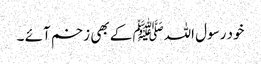
خود رسول اللہﷺ کے بھی زخم آئے ۔